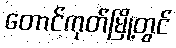
တောင်ကုတ်မြို့တွင်